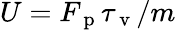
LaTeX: U=F_{\mathrm{~p~}}\tau_{\mathrm{~v~}}/m